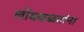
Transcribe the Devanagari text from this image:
लोंबकळतांना